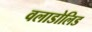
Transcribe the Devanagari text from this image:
वलाडोलिड